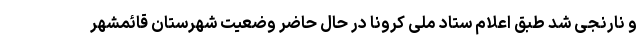
و نارنجی شد طبق اعلام ستاد ملی کرونا در حال حاضر وضعیت شهرستان قائمشهر